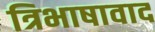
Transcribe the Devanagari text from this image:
त्रिभाषावाद